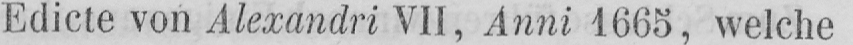
Edicte von Alexandri VII, Anni 1665, welche